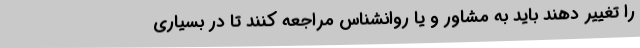
را تغییر دهند باید به مشاور و یا روانشناس مراجعه کنند تا در بسیاری